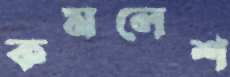
কমলেশ